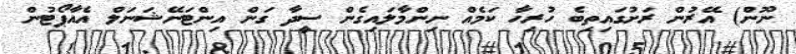
ނޫން) އޭރުން ރަށުގައިތިބެ ހުރިހާ ކަމެއް ނިންމާލައިގެން ސީދާ ގަން އިންޓަނޭޝަނަލް އެއާޕޯޓުން